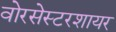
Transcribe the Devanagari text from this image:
वोरसेस्टरशायर